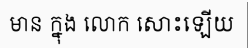
មាន ក្នុង លោក សោះឡើយ